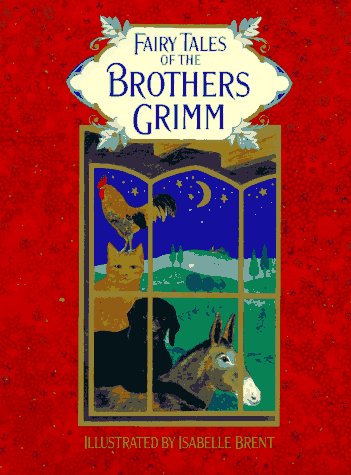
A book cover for The Fairy Tales of the Brothers Grimm; Jacob Grimm; Children's Books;